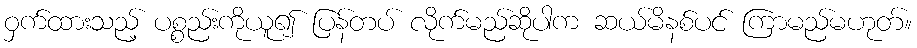
ဝှက်ထားသည့် ပစ္စည်းကိုယူ၍ ပြန်တပ် လိုက်မည်ဆိုပါက ဆယ်မိနစ်ပင် ကြာမည်မဟုတ်။